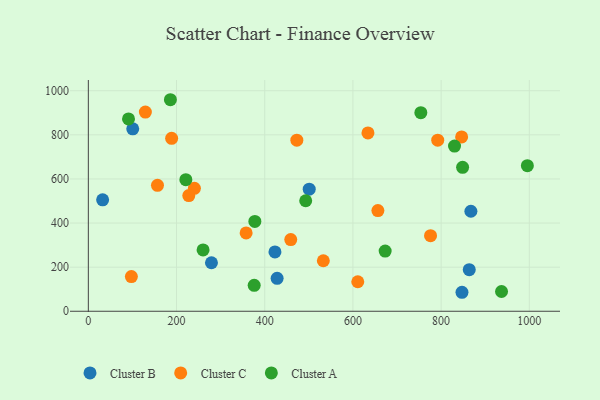
{"axis": {"x": "Study Hours", "y": "Rating"}, "legend": ["Cluster A", "Cluster B", "Cluster C"], "data": [{"x": "279.2", "y": 220.0, "type": "Cluster B"}, {"x": "500.9", "y": 553.8, "type": "Cluster B"}, {"x": "847.3", "y": 86.1, "type": "Cluster B"}, {"x": "423.2", "y": 269.2, "type": "Cluster B"}, {"x": "867.5", "y": 453.5, "type": "Cluster B"}, {"x": "863.8", "y": 188.8, "type": "Cluster B"}, {"x": "100.7", "y": 827.5, "type": "Cluster B"}, {"x": "32.4", "y": 505.3, "type": "Cluster B"}, {"x": "428.1", "y": 149.5, "type": "Cluster B"}, {"x": "846.5", "y": 790.5, "type": "Cluster C"}, {"x": "776.0", "y": 342.7, "type": "Cluster C"}, {"x": "656.6", "y": 456.7, "type": "Cluster C"}, {"x": "156.8", "y": 571.0, "type": "Cluster C"}, {"x": "240.5", "y": 557.5, "type": "Cluster C"}, {"x": "97.6", "y": 157.4, "type": "Cluster C"}, {"x": "188.9", "y": 784.1, "type": "Cluster C"}, {"x": "634.1", "y": 808.9, "type": "Cluster C"}, {"x": "611.0", "y": 133.9, "type": "Cluster C"}, {"x": "792.3", "y": 775.7, "type": "Cluster C"}, {"x": "129.3", "y": 903.5, "type": "Cluster C"}, {"x": "227.8", "y": 524.6, "type": "Cluster C"}, {"x": "459.0", "y": 325.0, "type": "Cluster C"}, {"x": "532.9", "y": 229.1, "type": "Cluster C"}, {"x": "472.8", "y": 775.9, "type": "Cluster C"}, {"x": "357.8", "y": 355.2, "type": "Cluster C"}, {"x": "376.1", "y": 117.5, "type": "Cluster A"}, {"x": "492.9", "y": 501.1, "type": "Cluster A"}, {"x": "830.4", "y": 749.3, "type": "Cluster A"}, {"x": "937.0", "y": 89.7, "type": "Cluster A"}, {"x": "754.0", "y": 900.4, "type": "Cluster A"}, {"x": "377.6", "y": 407.6, "type": "Cluster A"}, {"x": "221.1", "y": 596.8, "type": "Cluster A"}, {"x": "186.1", "y": 959.3, "type": "Cluster A"}, {"x": "91.1", "y": 872.1, "type": "Cluster A"}, {"x": "995.6", "y": 660.0, "type": "Cluster A"}, {"x": "260.2", "y": 278.0, "type": "Cluster A"}, {"x": "673.1", "y": 273.1, "type": "Cluster A"}, {"x": "848.7", "y": 652.9, "type": "Cluster A"}]}